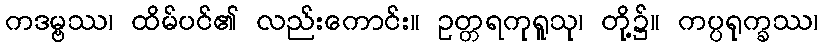
ကဒမ္ဗဿ၊ ထိမ်ပင်၏ လည်းကောင်း။ ဥတ္တရကုရူသု၊ တို့၌။ ကပ္ပရုက္ခဿ၊